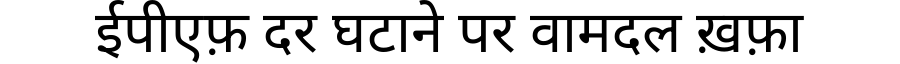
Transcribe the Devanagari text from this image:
ईपीएफ़ दर घटाने पर वामदल ख़फ़ा